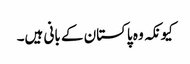
کیونکہ وہ پاکستان کے بانی ہیں۔